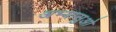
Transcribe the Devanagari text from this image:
अभ्यासुओ